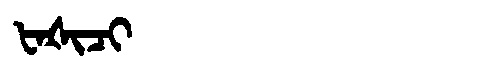
Manchu: ᡶᠠᡧᡳᠴᡳ
Romanization: FAŠICI